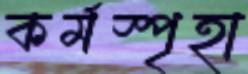
কর্মস্পৃহা